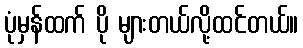
ပုံမှန်ထက် ပို များတယ်လို့ထင်တယ်။